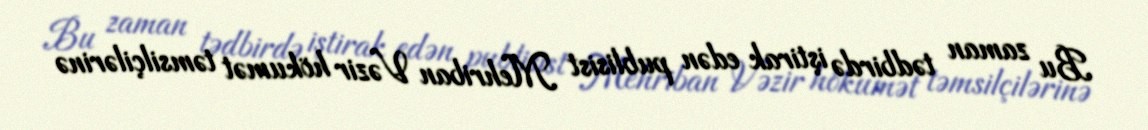
Bu zaman tədbirdə iştirak edən publisist Mehriban Vəzir hökumət təmsilçilərinə